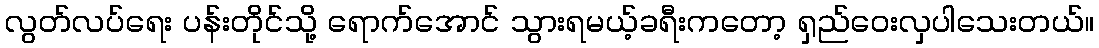
လွတ်လပ်ရေး ပန်းတိုင်သို့ ရောက်အောင် သွားရမယ့်ခရီးကတော့ ရှည်ဝေးလှပါသေးတယ်။